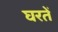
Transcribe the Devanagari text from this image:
घरतें